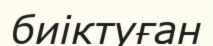
биіктуған